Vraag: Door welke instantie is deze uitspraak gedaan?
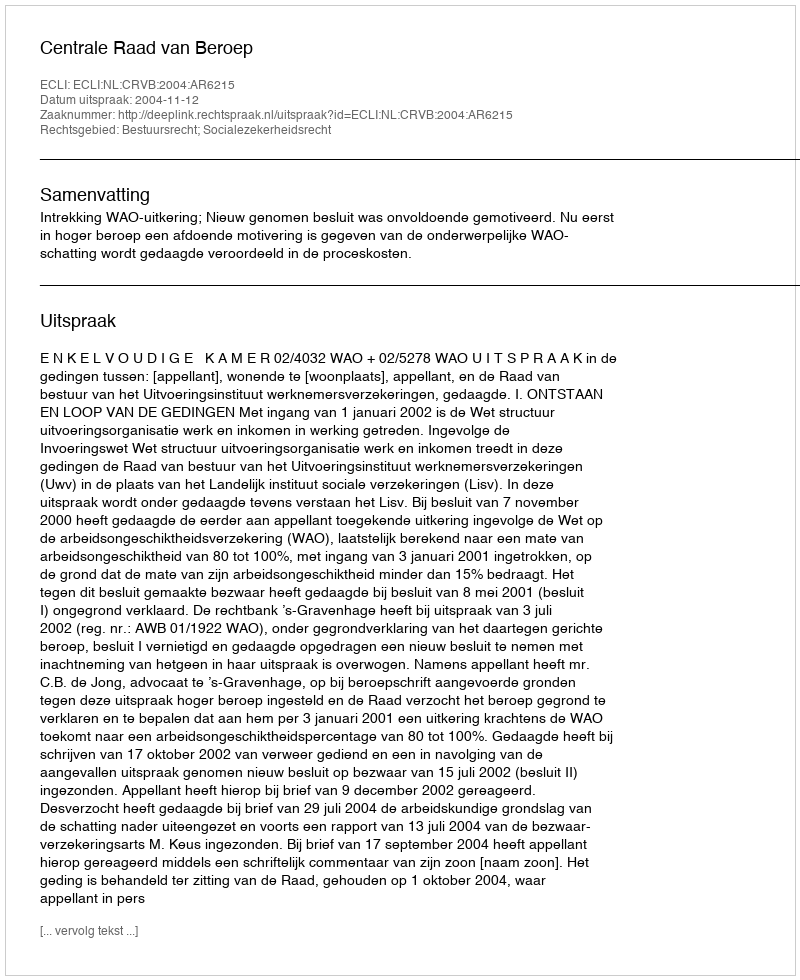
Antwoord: Centrale Raad van Beroep